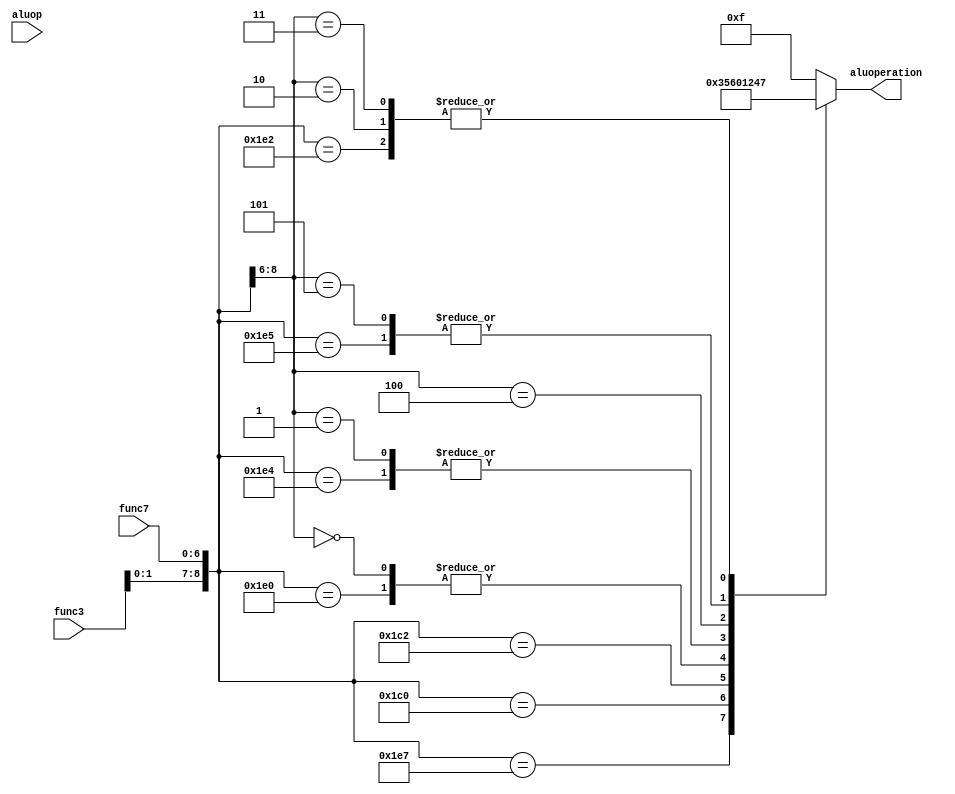
/******************************************************************
* description
*	this is the control unit for the alu. it receves an signal called 
*	aluop from the control unit and a signal called alufunction from
*	the intrctuion field named function.
* version:
*	1.0
* author:
*	dr. jos luis pizano escalante
* email:
*	luispizano@iteso.mx
* date:
*	01/03/2014
******************************************************************/
module alucontrol
(
	input [2:0] aluop,
	input [2:0] func3,
	input [6:0] func7,
	
	output [3:0] aluoperation

);
// 3'b aluop de controlunit , 6b alufunction (instr[5:0])

// r aluop = 111 from controlunit
// add, sub, or, and, nor, sll, srl, jr 
localparam r_type_add    = 13'b111_10_0000; // funct = 20 hex
localparam r_type_sub    = 13'b111_10_0010; // funct = 22 hex
localparam r_type_or     = 13'b111_10_0101; // funct = 25 hex
localparam r_type_and    = 13'b111_10_0100; // funct = 24 hex
localparam r_type_nor    = 13'b111_10_0111; // funct = 27 hex
localparam r_type_sll    = 13'b111_00_0000; // funct = 00 hex
localparam r_type_srl    = 13'b111_00_0010; // funct = 02 hex
localparam r_type_jr     = 13'b111_00_1000; // funct = 08 hex
localparam r_type_mul    = 13'b111_00_1000; // funct = 08 hex

// jump j, jal 
// no aplican a la alu

localparam i_type_addi   = 13'b000_xxx_xxx; 
localparam i_type_ori    = 13'b101_xxx_xxx;
localparam i_type_andi   = 13'b001_xxx_xxx;
localparam i_type_lui    = 13'b100_xxx_xxx;

localparam i_type_beq    = 13'b010_xxx_xxx;
localparam i_type_bneq   = 13'b011_xxx_xxx;

localparam i_type_lw     = 13'b000_xxx_xxx; //usan add
localparam i_type_sw     = 13'b000_xxx_xxx; //usan add




reg [3:0] alucontrolvalues;
wire [8:0] selector;

assign selector = {aluop, func3, func7};

always@(selector)begin
	casex(selector)
		
		// add, sub, or, and, nor, sll, srl, jr 
		r_type_add:    	alucontrolvalues = 4'b0000;
		r_type_and: 		alucontrolvalues = 4'b0001;
		r_type_nor: 		alucontrolvalues = 4'b0011;
		r_type_or :  		alucontrolvalues = 4'b0100;
		r_type_sub :  		alucontrolvalues = 4'b0111;
		
		r_type_sll:			alucontrolvalues = 4'b0101;
		r_type_srl:			alucontrolvalues = 4'b0110;
		
		//addi, ori, andi, lui, lw, sw, beq, bne
		i_type_addi:		alucontrolvalues = 4'b0000;
		i_type_andi: 		alucontrolvalues = 4'b0001;
		i_type_lui : 		alucontrolvalues = 4'b0010;
		i_type_ori : 		alucontrolvalues = 4'b0100;
		
		i_type_lw : 		alucontrolvalues = 4'b0000; // add r[rs]+signextimm
		i_type_sw : 		alucontrolvalues = 4'b0000; // add r[rs]+signextimm
		
		i_type_beq : 		alucontrolvalues = 4'b0111; // sub r[rs]-r[rt]	
		i_type_bneq:		alucontrolvalues = 4'b0111; // sub r[rs]-r[rt]	
				
				
		default: alucontrolvalues = 4'b1111;
	endcase
end


assign aluoperation = alucontrolvalues;

endmodule
//alucontrol